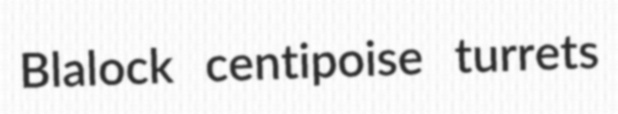
Blalock centipoise turrets